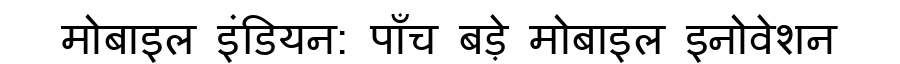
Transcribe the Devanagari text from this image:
मोबाइल इंडियन: पाँच बड़े मोबाइल इनोवेशन